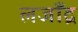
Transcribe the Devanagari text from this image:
लजाँद्र